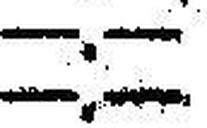
—.—